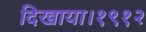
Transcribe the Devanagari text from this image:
दिखाया।१९१२